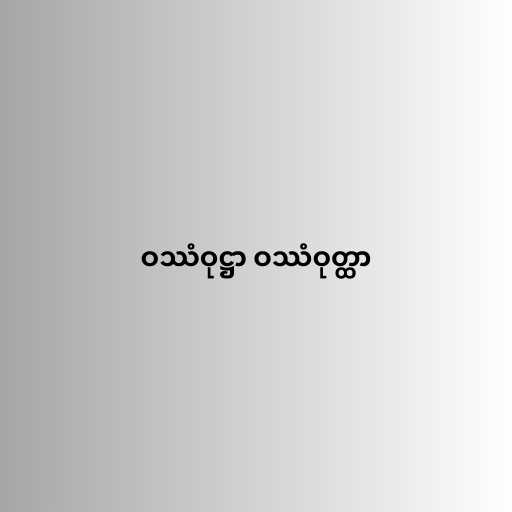
ဝဿံဝုဋ္ဌာ ဝဿံဝုတ္ထာ